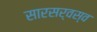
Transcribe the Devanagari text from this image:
सारसर्वस्व